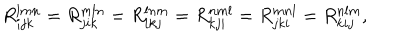
R _ { i j k } ^ { l m n } = R _ { j i k } ^ { m l n } = R _ { i k j } ^ { l n m } = R _ { k j i } ^ { n m l } = R _ { j k i } ^ { m n l } = R _ { k i j } ^ { n l m } ,